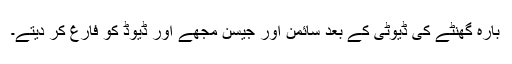
بارہ گھنٹے کی ڈیوٹی کے بعد سائمن اور جیسن مجھے اور ڈیوڈ کو فارغ کر دیتے۔